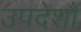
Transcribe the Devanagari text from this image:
उपदेशौं